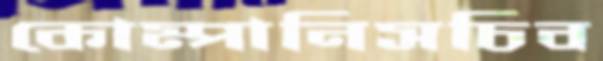
কোম্পানিসচিব